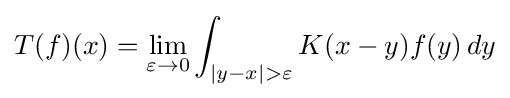
T(f)(x)=\lim _{\varepsilon \to 0}\int _{|y-x|>\varepsilon }K(x-y)f(y)\,dy